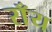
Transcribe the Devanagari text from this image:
राँय